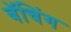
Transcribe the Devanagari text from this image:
बॅचिंग